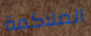
الملاكمة